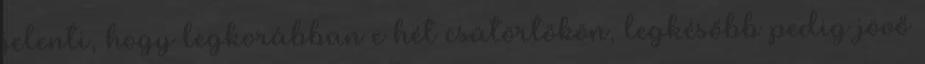
jelenti, hogy legkorábban e hét csütörtökön, legkésőbb pedig jövő